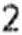
2